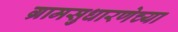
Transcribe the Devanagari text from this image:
ग्रामसुधारणेच्या